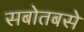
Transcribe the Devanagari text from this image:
सबोतबसे